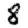
Digit: 8